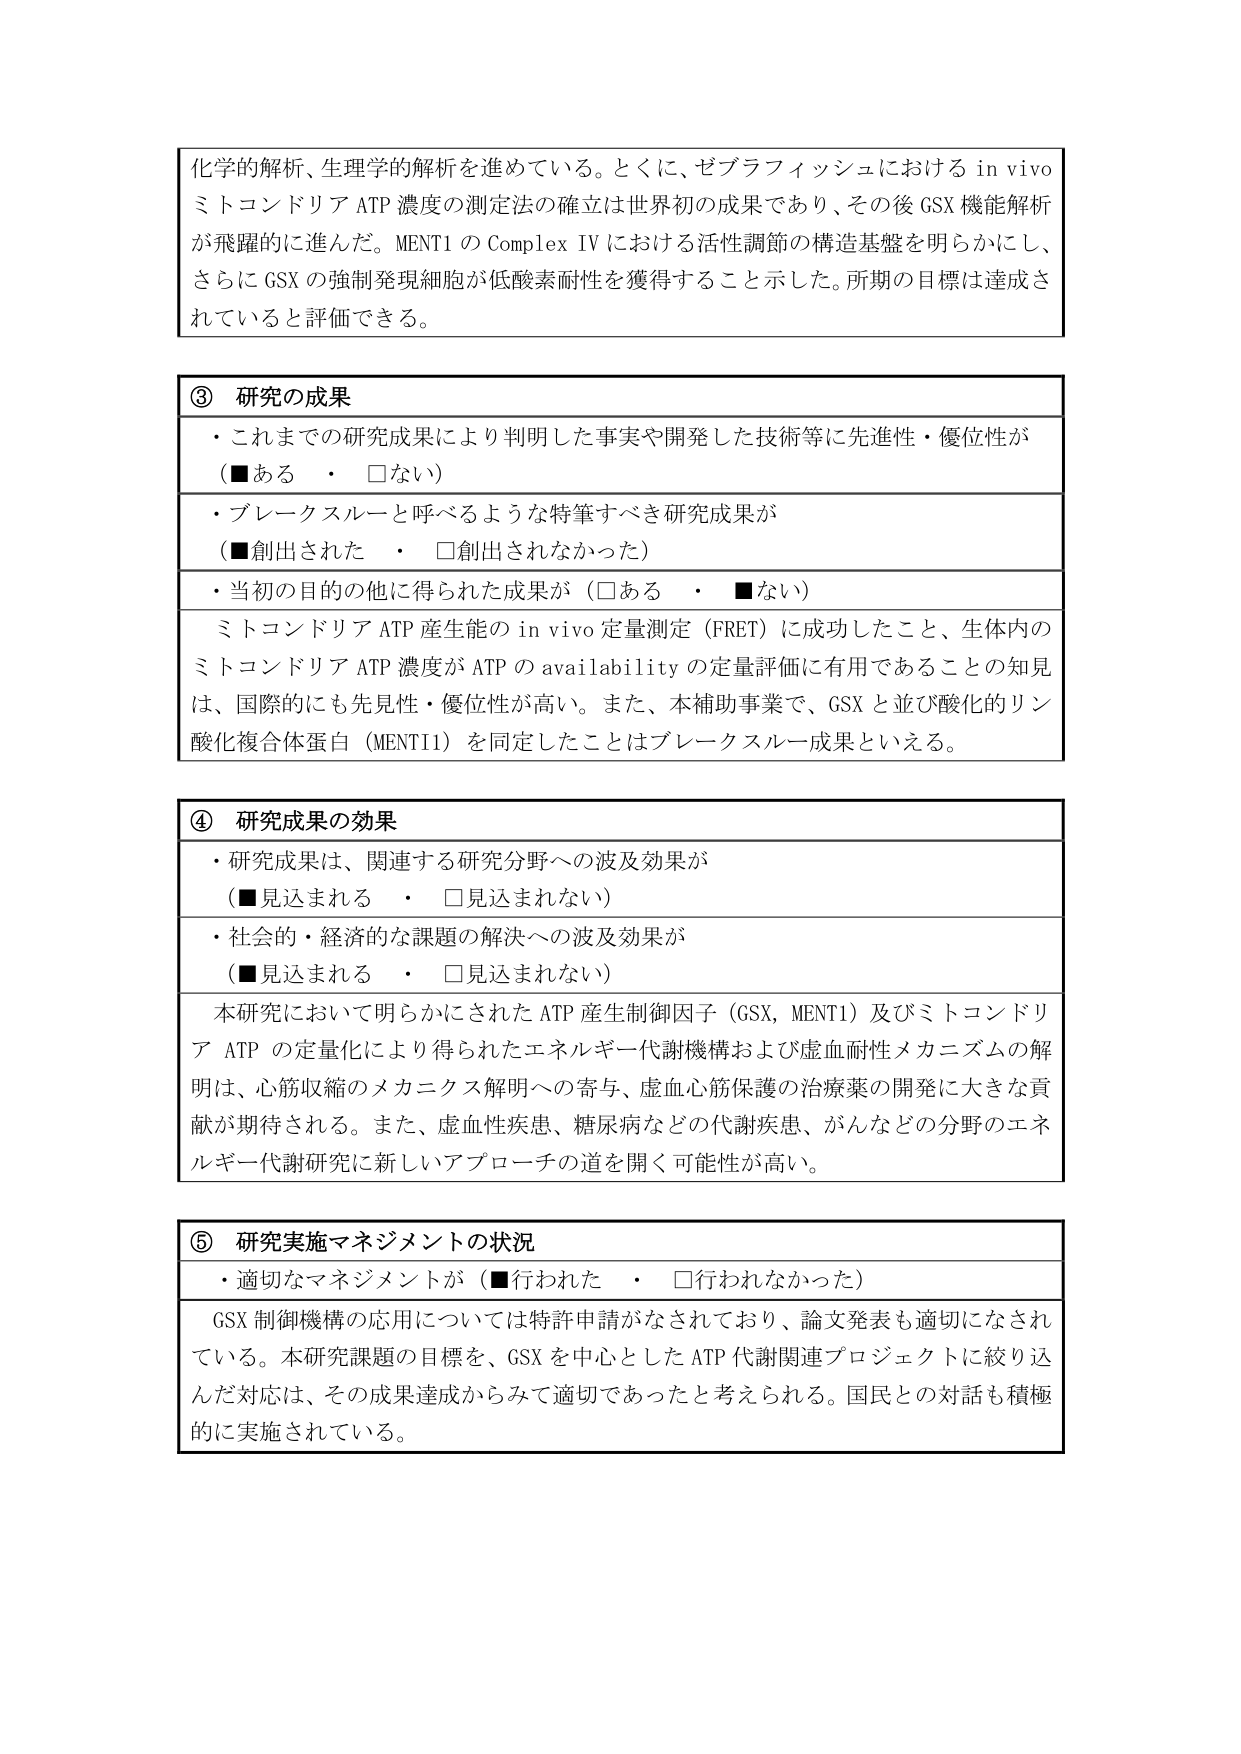
化学的解析、生理学的解析を進めている。とくに、ゼブラフィッシュにおける in vivo ミトコンドリア ATP 濃度の測定法の確立は世界初の成果であり、その後 GSX 機能解析が飛躍的に進んだ。MENTI の Complex IV における活性調節の構造基盤を明らかにし、さらに GSX の強制発現細胞が低酸素耐性を獲得することを示した。所期の目標は達成されていると評価できる。

③ 研究の成果
・これまでの研究成果により判明した事実や開発した技術等に先進性・優位性が（■ある ・ □ない）
・ブレークスルーと呼べるような特筆すべき研究成果が（■創出された ・ □創出されなかった）
・当初の目的の他に得られた成果が（□ある ・ ■ない）
ミトコンドリア ATP 産生能の in vivo 定量測定（FRET）に成功したこと、生体内のミトコンドリア ATP 濃度が ATP の availability の定量評価に有用であることの知見は、国際的にも先見性・優位性が高い。また、本補助事業で、GSX と並び酸化的リン酸化複合体蛋白（MENTI1）を同定したことはブレークスルー成果といえる。

④ 研究成果の効果
・研究成果は、関連する研究分野への波及効果が（■見込まれる ・ □見込まれない）
・社会的・経済的な課題の解決への波及効果が（■見込まれる ・ □見込まれない）
本研究において明らかにされた ATP 産生制御因子（GSX, MENTI）及びミトコンドリア ATP の定量化により得られたエネルギー代謝機構および虚血耐性メカニズムの解明は、心筋収縮のメカニクス解明への寄与、虚血心筋保護の治療薬の開発に大きな貢献が期待される。また、虚血性疾患、糖尿病などの代謝疾患、がんなどの分野のエネルギー代謝研究に新しいアプローチの道を開く可能性が高い。

⑤ 研究実施マネジメントの状況
・適切なマネジメントが（■行われた ・ □行われなかった）
GSX 制御機構の応用については特許申請がなされており、論文発表も適切になされている。本研究課題の目標を、GSX を中心とした ATP 代謝関連プロジェクトに絞り込んだ対応は、その成果達成からみて適切であったと考えられる。国民との対話も積極的に実施されている。